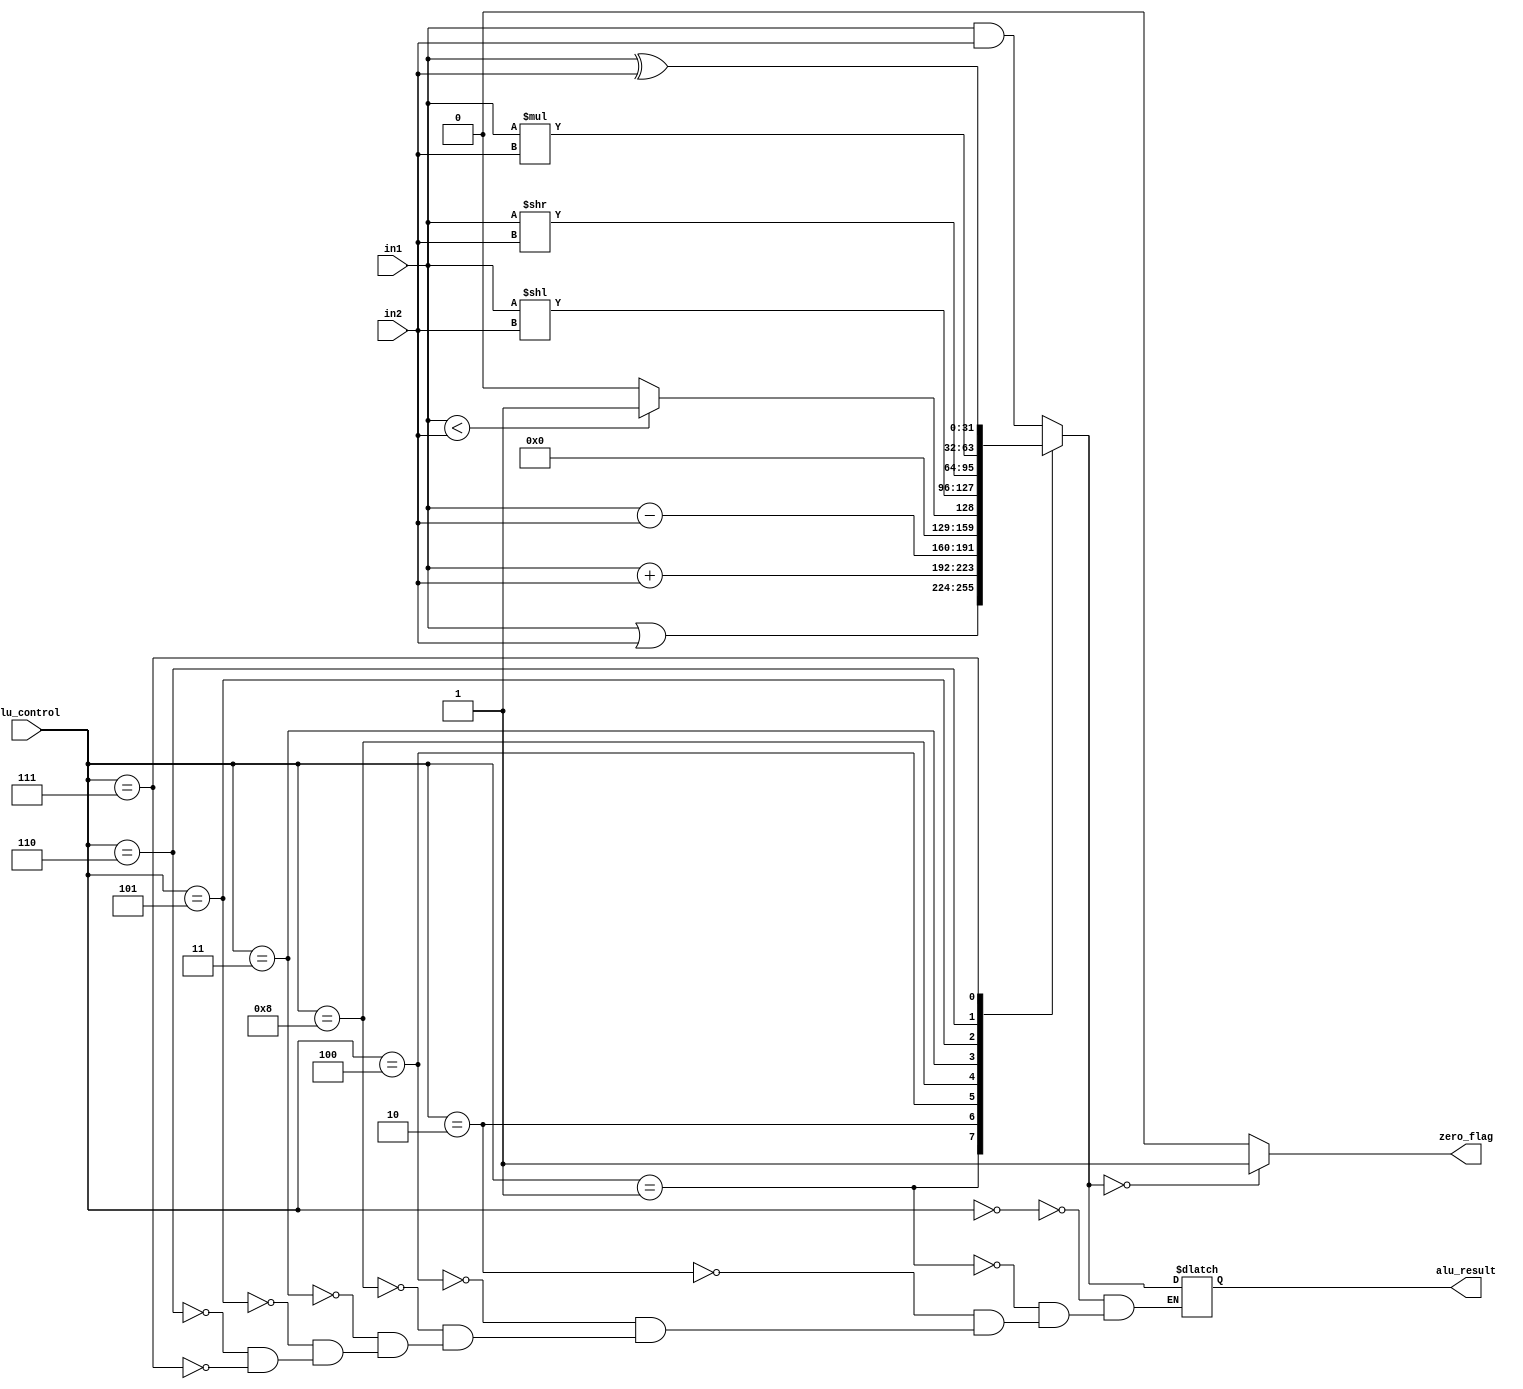
/*
ALU module, which takes two operands of size 32-bits each and a 4-bit ALU_control as input.
Operation is performed on the basis of ALU_control value and output is 32-bit ALU_result. 
If the ALU_result is zero, a ZERO FLAG is set.
*/

/*
ALU Control lines | Function
-----------------------------
        0000    Bitwise-AND
        0001    Bitwise-OR
        0010	Add (A+B)
        0100	Subtract (A-B)
        1000	Set on less than
        0011    Shift left logical
        0101    Shift right logical
        0110    Multiply
        0111    Bitwise-XOR
*/

module ALU (
    input [31:0] in1,in2, 
    input[3:0] alu_control,
    output reg [31:0] alu_result,
    output reg zero_flag
);
    always @(*)
    begin
        // Operating based on control input
        case(alu_control)

        4'b0000: alu_result = in1&in2;
        4'b0001: alu_result = in1|in2;
        4'b0010: alu_result = in1+in2;
        4'b0100: alu_result = in1-in2;
        4'b1000: begin 
            if(in1<in2)
            alu_result = 1;
            else
            alu_result = 0;
        end
        4'b0011: alu_result = in1<<in2;
        4'b0101: alu_result = in1>>in2;
        4'b0110: alu_result = in1*in2;
        4'b0111: alu_result = in1^in2;

        endcase

        // Setting Zero_flag if ALU_result is zero
        if (alu_result == 0)
            zero_flag = 1'b1;
        else
            zero_flag = 1'b0;
        
    end
endmodule